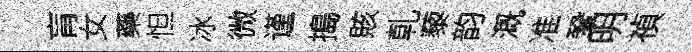
肓女藥怛冰微谨搗賅乹藜韵溉准鞏明禎